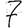
Digit: 7